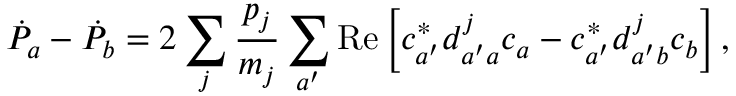
\dot { P } _ { a } - \dot { P } _ { b } = 2 \sum _ { j } \frac { p _ { j } } { m _ { j } } \sum _ { a ^ { \prime } } \operatorname { R e } \left[ c _ { a ^ { \prime } } ^ { * } d _ { a ^ { \prime } a } ^ { j } c _ { a } - c _ { a ^ { \prime } } ^ { * } d _ { a ^ { \prime } b } ^ { j } c _ { b } \right] ,